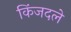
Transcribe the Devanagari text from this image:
किंजदले